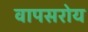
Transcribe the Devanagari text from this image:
वापसरोय